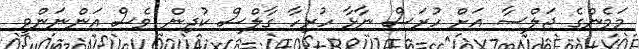
މަމެންގެ ޖަލްސާ އަށް ހުރަސް ނާޅާ ހުރިހާ ގާލްސް ކުދިން ވެސް އަންނަންވީ